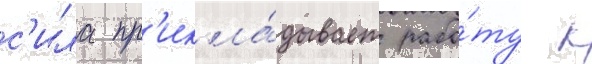
с'ила пр'икла́дывает рабо́ту к